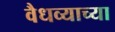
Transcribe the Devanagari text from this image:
वैधव्याच्या